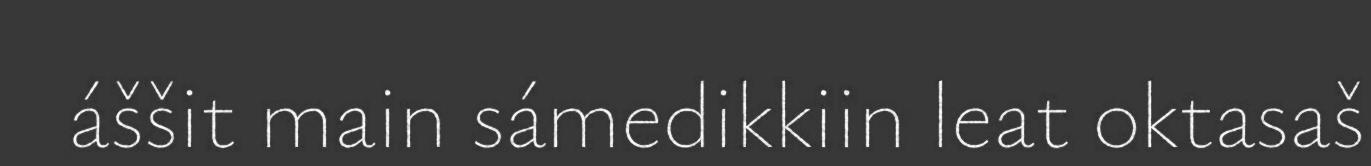
áššit main sámedikkiin leat oktasaš